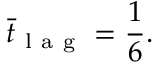
{ { \bar { t } } _ { \mathrm { ~ l ~ a ~ g ~ } } } = \frac { 1 } { 6 } .